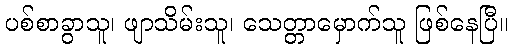
ပစ်စာခွာသူ၊ ဖျာသိမ်းသူ၊ သေတ္တာမှောက်သူ ဖြစ်နေပြီ။